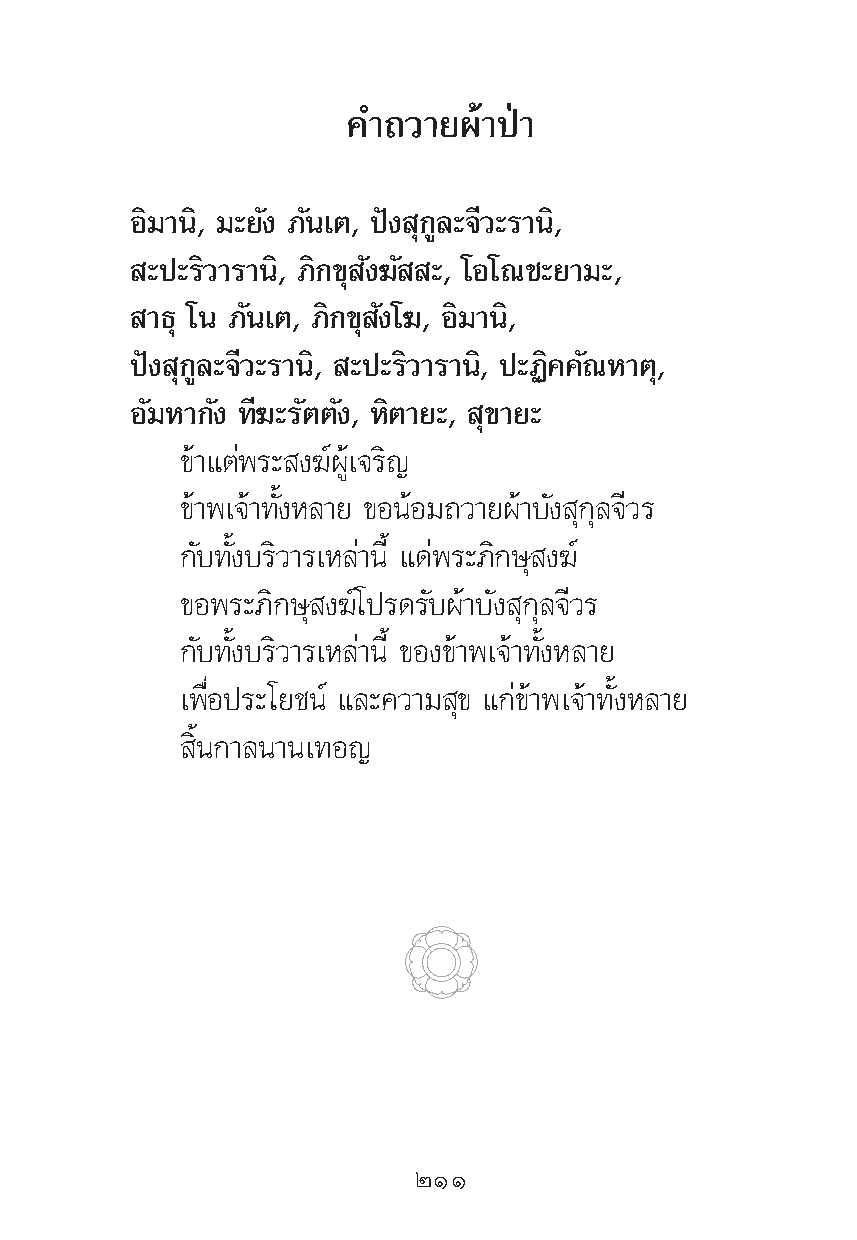
§”∂«“¬ºâ“ªÉ“
 Õ‘¡“π‘, ¡–¬—ß ¿—π‡μ, ªíß ÿ°Ÿ≈–®’«–√“π‘,
 –ª–√‘«“√“π‘, ¿‘°¢ÿ —ß¶— –, ‚Õ‚≥™–¬“¡–,
 “∏ÿ ‚π ¿—π‡μ, ¿‘°¢ÿ —ß‚¶, Õ‘¡“π‘,
 ªíß ÿ°Ÿ≈–®’«–√“π‘, –ª–√‘«“√“π‘, ª–Ø‘§§—≥À“μÿ,
 Õ—¡À“°—ß ∑’¶–√—μμ—ß, À‘μ“¬–, ÿ¢“¬–
 ¢â“·μàæ√– ß¶åºŸâ‡®√‘≠
 ¢â“æ‡®â“∑—ÈßÀ≈“¬ ¢ÕπâÕ¡∂«“¬ºâ“∫—ß ÿ°ÿ≈®’«√
 °—∫∑—Èß∫√‘«“√‡À≈à“π’È ·¥àæ√–¿‘°…ÿ ß¶å
 ¢Õæ√–¿‘°…ÿ ß¶å‚ª√¥√—∫ºâ“∫—ß ÿ°ÿ≈®’«√
 °—∫∑—Èß∫√‘«“√‡À≈à“π’È ¢Õß¢â“æ‡®â“∑—ÈßÀ≈“¬
 ‡æ◊ËÕª√–‚¬™πå ·≈–§«“¡ ÿ¢ ·°à¢â“æ‡®â“∑—ÈßÀ≈“¬
 ‘Èπ°“≈π“π‡∑Õ≠
 ÚÒÒ